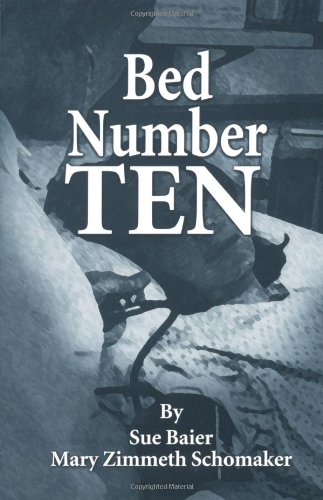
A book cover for Bed Number Ten; Sue Baier; Medical Books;